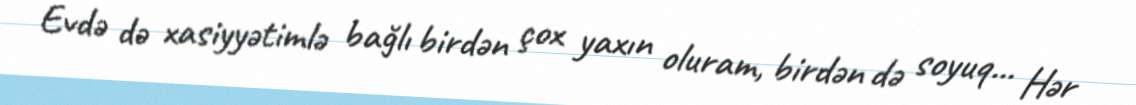
Evdə də xasiyyətimlə bağlı birdən çox yaxın oluram, birdən də soyuq... Hər